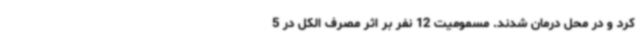
کرد و در محل درمان شدند. ‌مسمومیت 12 نفر ‌بر اثر مصرف الکل ‌در 5